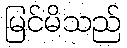
မြင်မိသည်